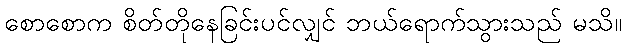
စောစောက စိတ်တိုနေခြင်းပင်လျှင် ဘယ်ရောက်သွားသည် မသိ။